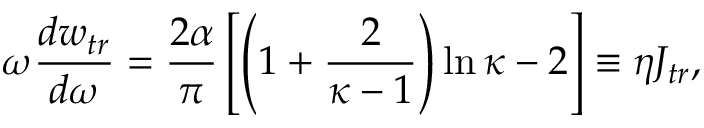
\omega \frac { d w _ { t r } } { d \omega } = \frac { 2 \alpha } { \pi } \left[ \left( 1 + \frac { 2 } { \kappa - 1 } \right) \ln \kappa - 2 \right] \equiv \eta J _ { t r } ,